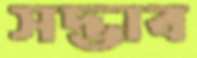
সদ্ভাব